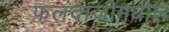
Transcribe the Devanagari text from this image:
फलंदाजीमधील